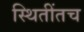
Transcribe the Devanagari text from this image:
स्थितींतच